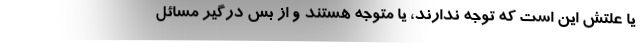
یا علتش این است که توجه ندارند، یا متوجه هستند و از بس درگیر مسائل